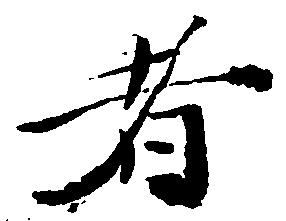
者